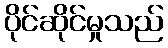
ပိုင်ဆိုင်မှုသည်